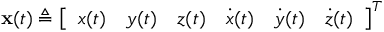
\begin{array} { r } { \mathbf { x } ( t ) \triangleq \left[ \begin{array} { l l l l l l } { x ( t ) } & { y ( t ) } & { z ( t ) } & { \dot { x } ( t ) } & { \dot { y } ( t ) } & { \dot { z } ( t ) } \end{array} \right] ^ { T } } \end{array}